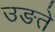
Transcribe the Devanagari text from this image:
उङते